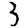
Digit: 3